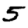
Digit: 5